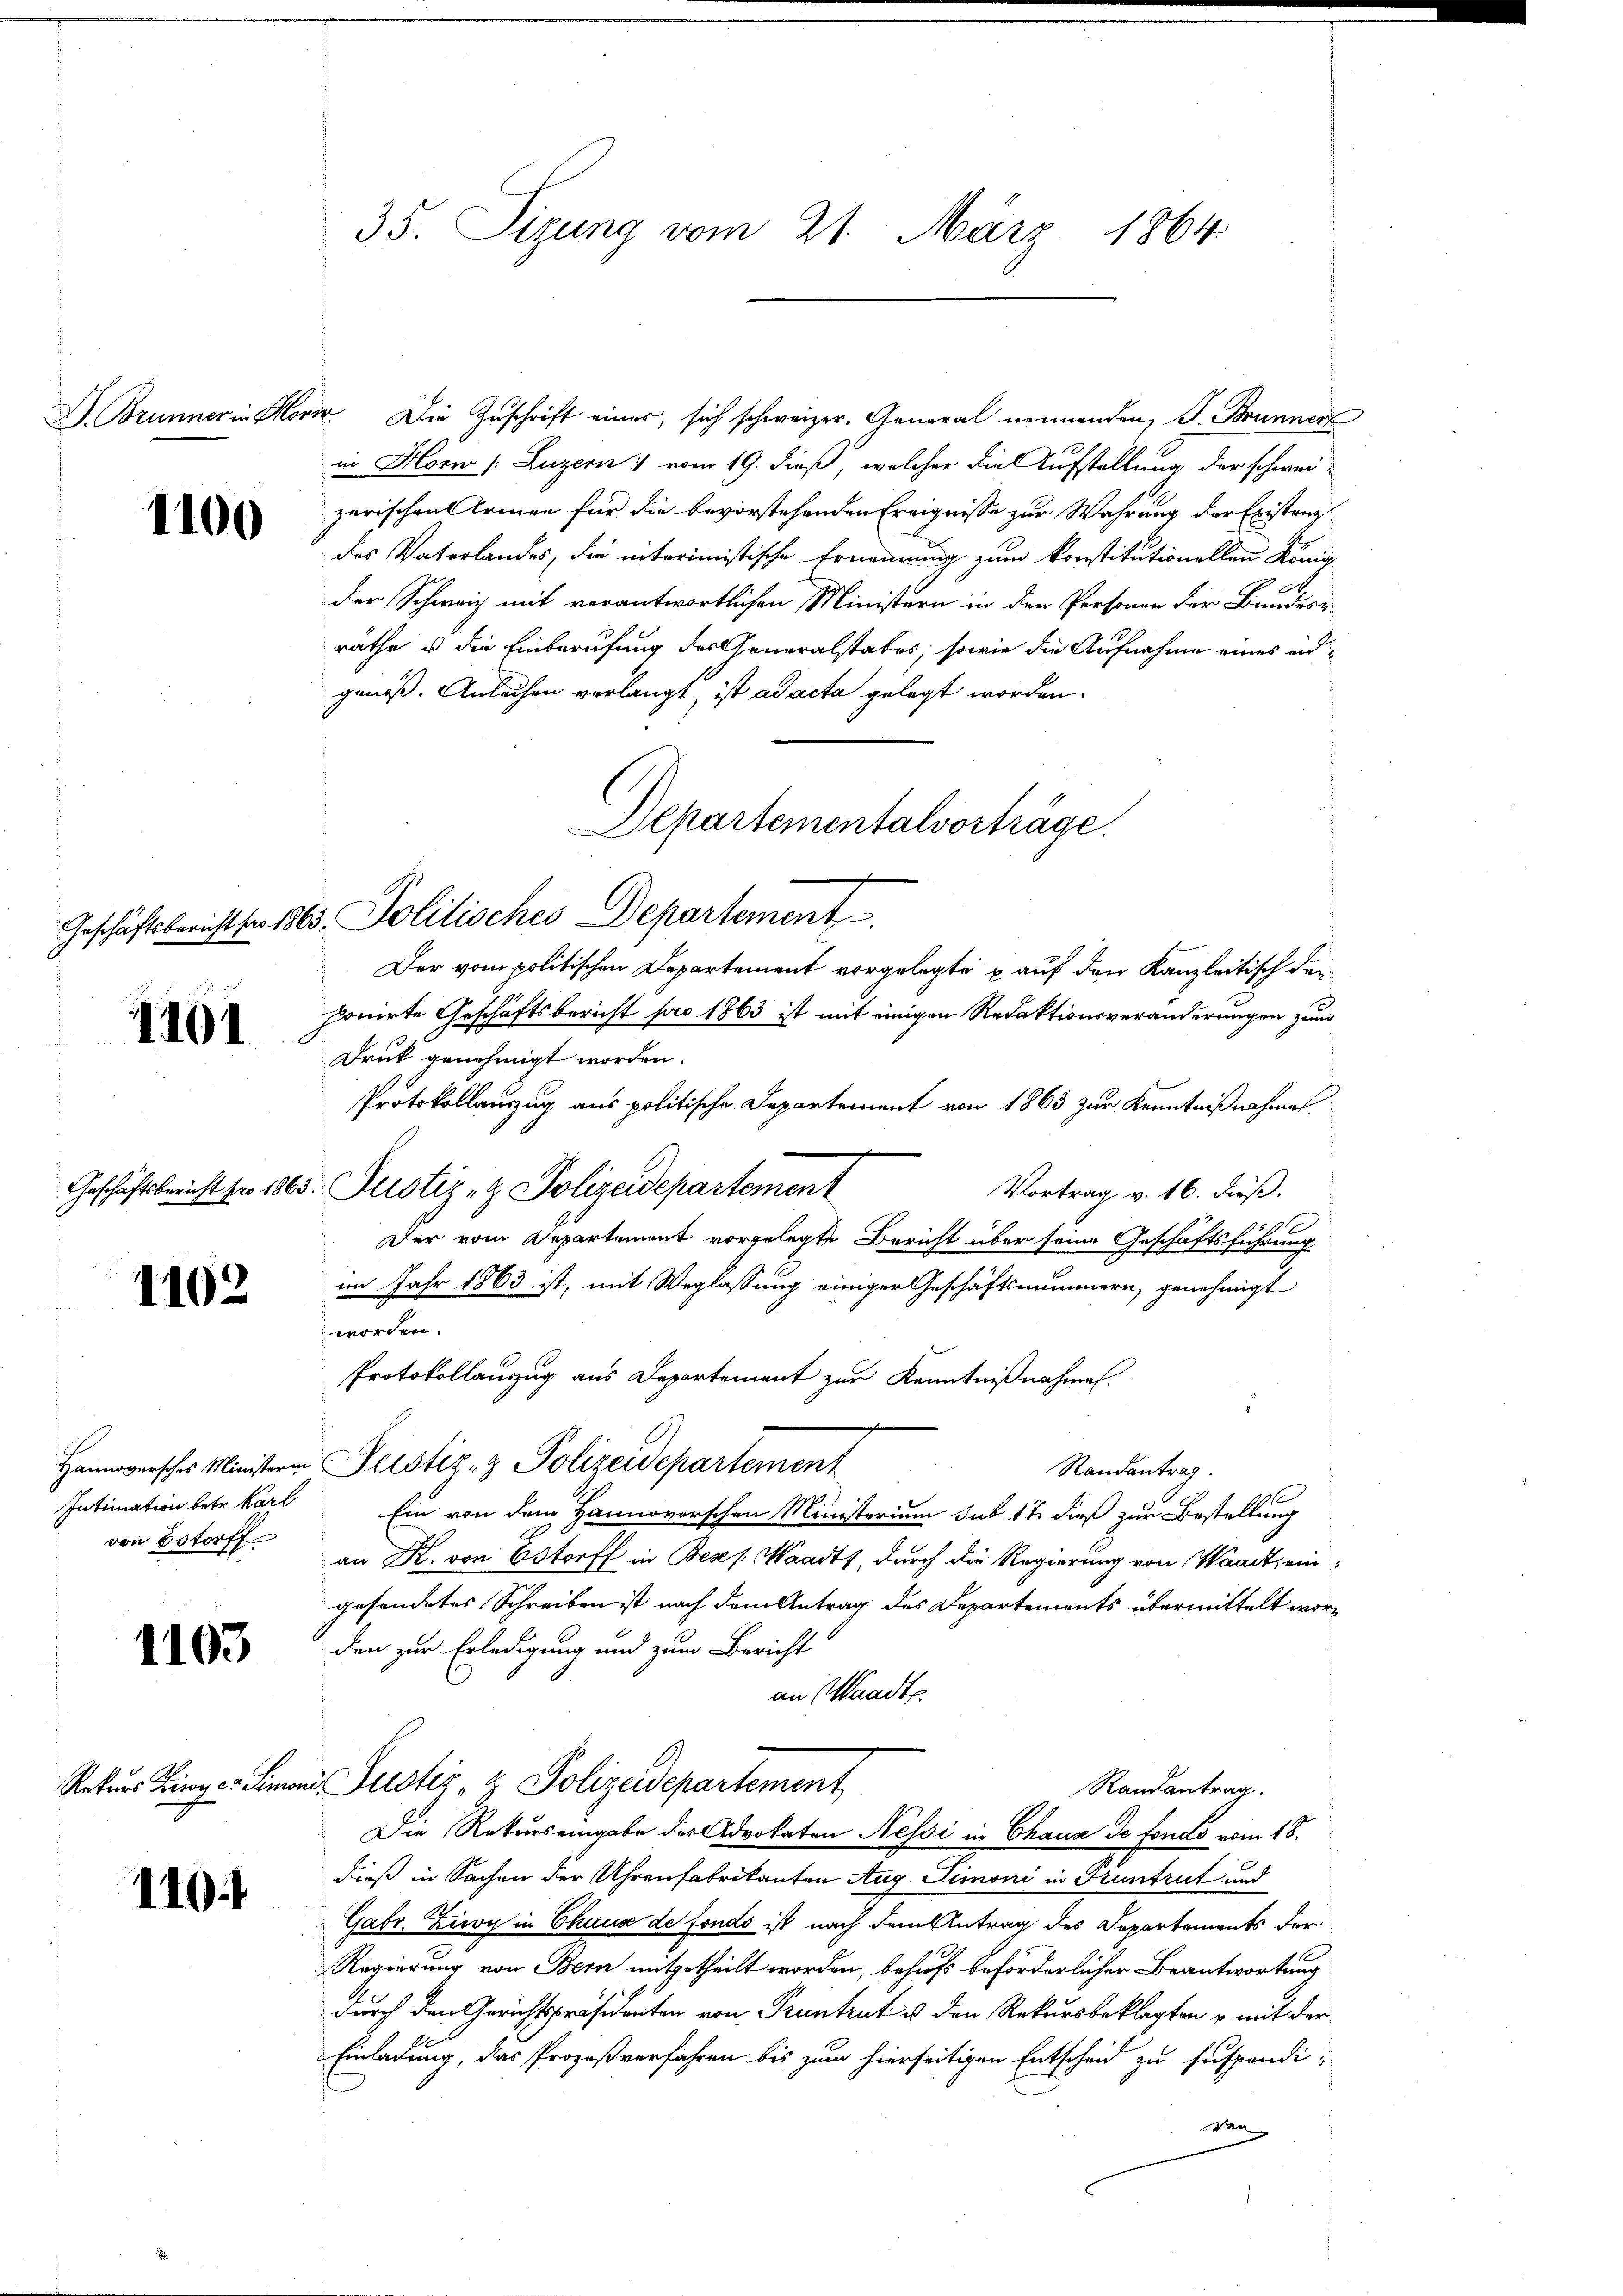
1100

1101

1102

Intimation betr. Karl
von Bstorff

1103

110.

35. Sizung vom 21. März 1864.

B. Brunner in Horiz Die Zuschrift eines, sich schweizer. General nennenden, J. Brunner
in Horn /: Luzern & vom 19. dieß, welcher die Aufstellung der schweizerischen Armen für die bevorstehenden Ereignisse zur Wahrung der Eristensdes Vaterlandes, die interimistische Ernennung zum Konstitutionellen König
der Schweiz mit verantwortlichen Ministern in den Personen der Bunders
räthe u die Einberufung des Generalstabes, sowie die Aufnahme eines endgenoß. Anleihen verlangt, ist ad acta gelegt worden.
Departementalvorträge.
Der vom politischen Departement vorgelegte u auf den Kanzleitisch den
ponirte Geschäftsbericht pro 1863 ist mit einigen Redaktionsveränderungen zum
Druk genehmigt worden.
Protokollauszug aus politische Departement von 1863 zur Kenntnißnahme
Geschäftsbericht pro 1863. Justiz- & Polizeidepartement
Vortrag v. 16. dieß.
Der vom Departement vorgelegte Bericht über seine Geschäftsführung
im Jahr 1863 ist, mit Weglassung einiger Geschäftsmummern, genehmigt
worden.
Protokollauszug aus Departement zur Kenntnißnahme.
Hannoversches Ministere Perstiz- & Polizeidepartement
Randantrag.
Ein von dem Hannoverschen Ministerium sub 17 dieß zur Bestellung
 R. von Estoff in Beses Waadt, durch die Regierung von Waadt, ein
gesondetes Schreiben ist nach dem Antrag des Departements übermittelt worden zur Erledigung und zum Bericht
an Waadt
Rekurs Zinger Simoni Justiz- & Polizeidepartement
Randantrag.
Die Rekurs eingabe der Advokaten Nessi in Chaux de fonds vom 18.
dieß in Sachen der Uhrenfabrikanton Aug. Simoni in Pruntrut und
Gabr. Ziwy in Chaus de fonds ist nach dem Antrag des Departements der
Regierung von Bern mitgetheilt worden, behufs beförderlicher Beantwortung
durch den Gerichtspräsidenten von Pruntrut u. den Rekursbeklagten & mit der
Einladung, das Prozeßverfahren bis zum hierseitigen Entscheid zu suspendiden
d

Geschäftsbericht ser 1865. Politisches Departement